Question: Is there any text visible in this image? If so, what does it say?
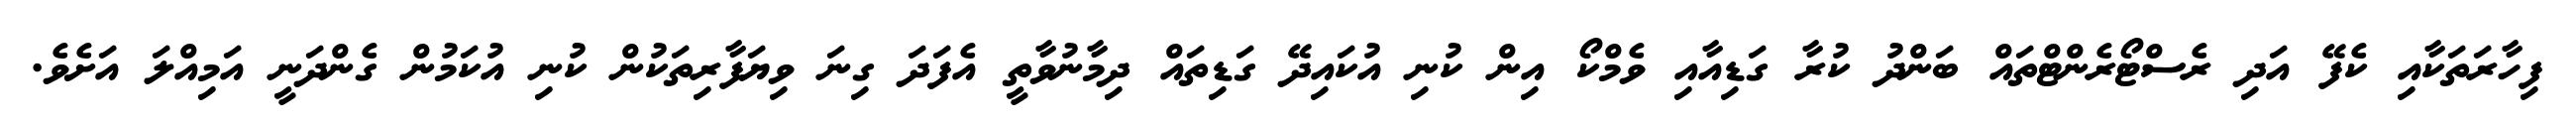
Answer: ފިހާރަތަކާއި ކެފޭ އަދި ރެސްޓޯރެންޓްތައް ބަންދު ކުރާ ގަޑިއާއި ވެމްކޯ އިން ކުނި އުކައިދޭ ގަޑިތައް ދިމާނުވާތީ އެފަދަ ގިނަ ވިޔަފާރިތަކުން ކުނި އުކަމުން ގެންދަނީ އަމިއްލަ އަށެވެ.